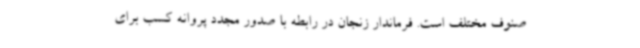
صنوف مختلف است. فرماندار زنجان در رابطه با صدور مجدد پروانه کسب برای